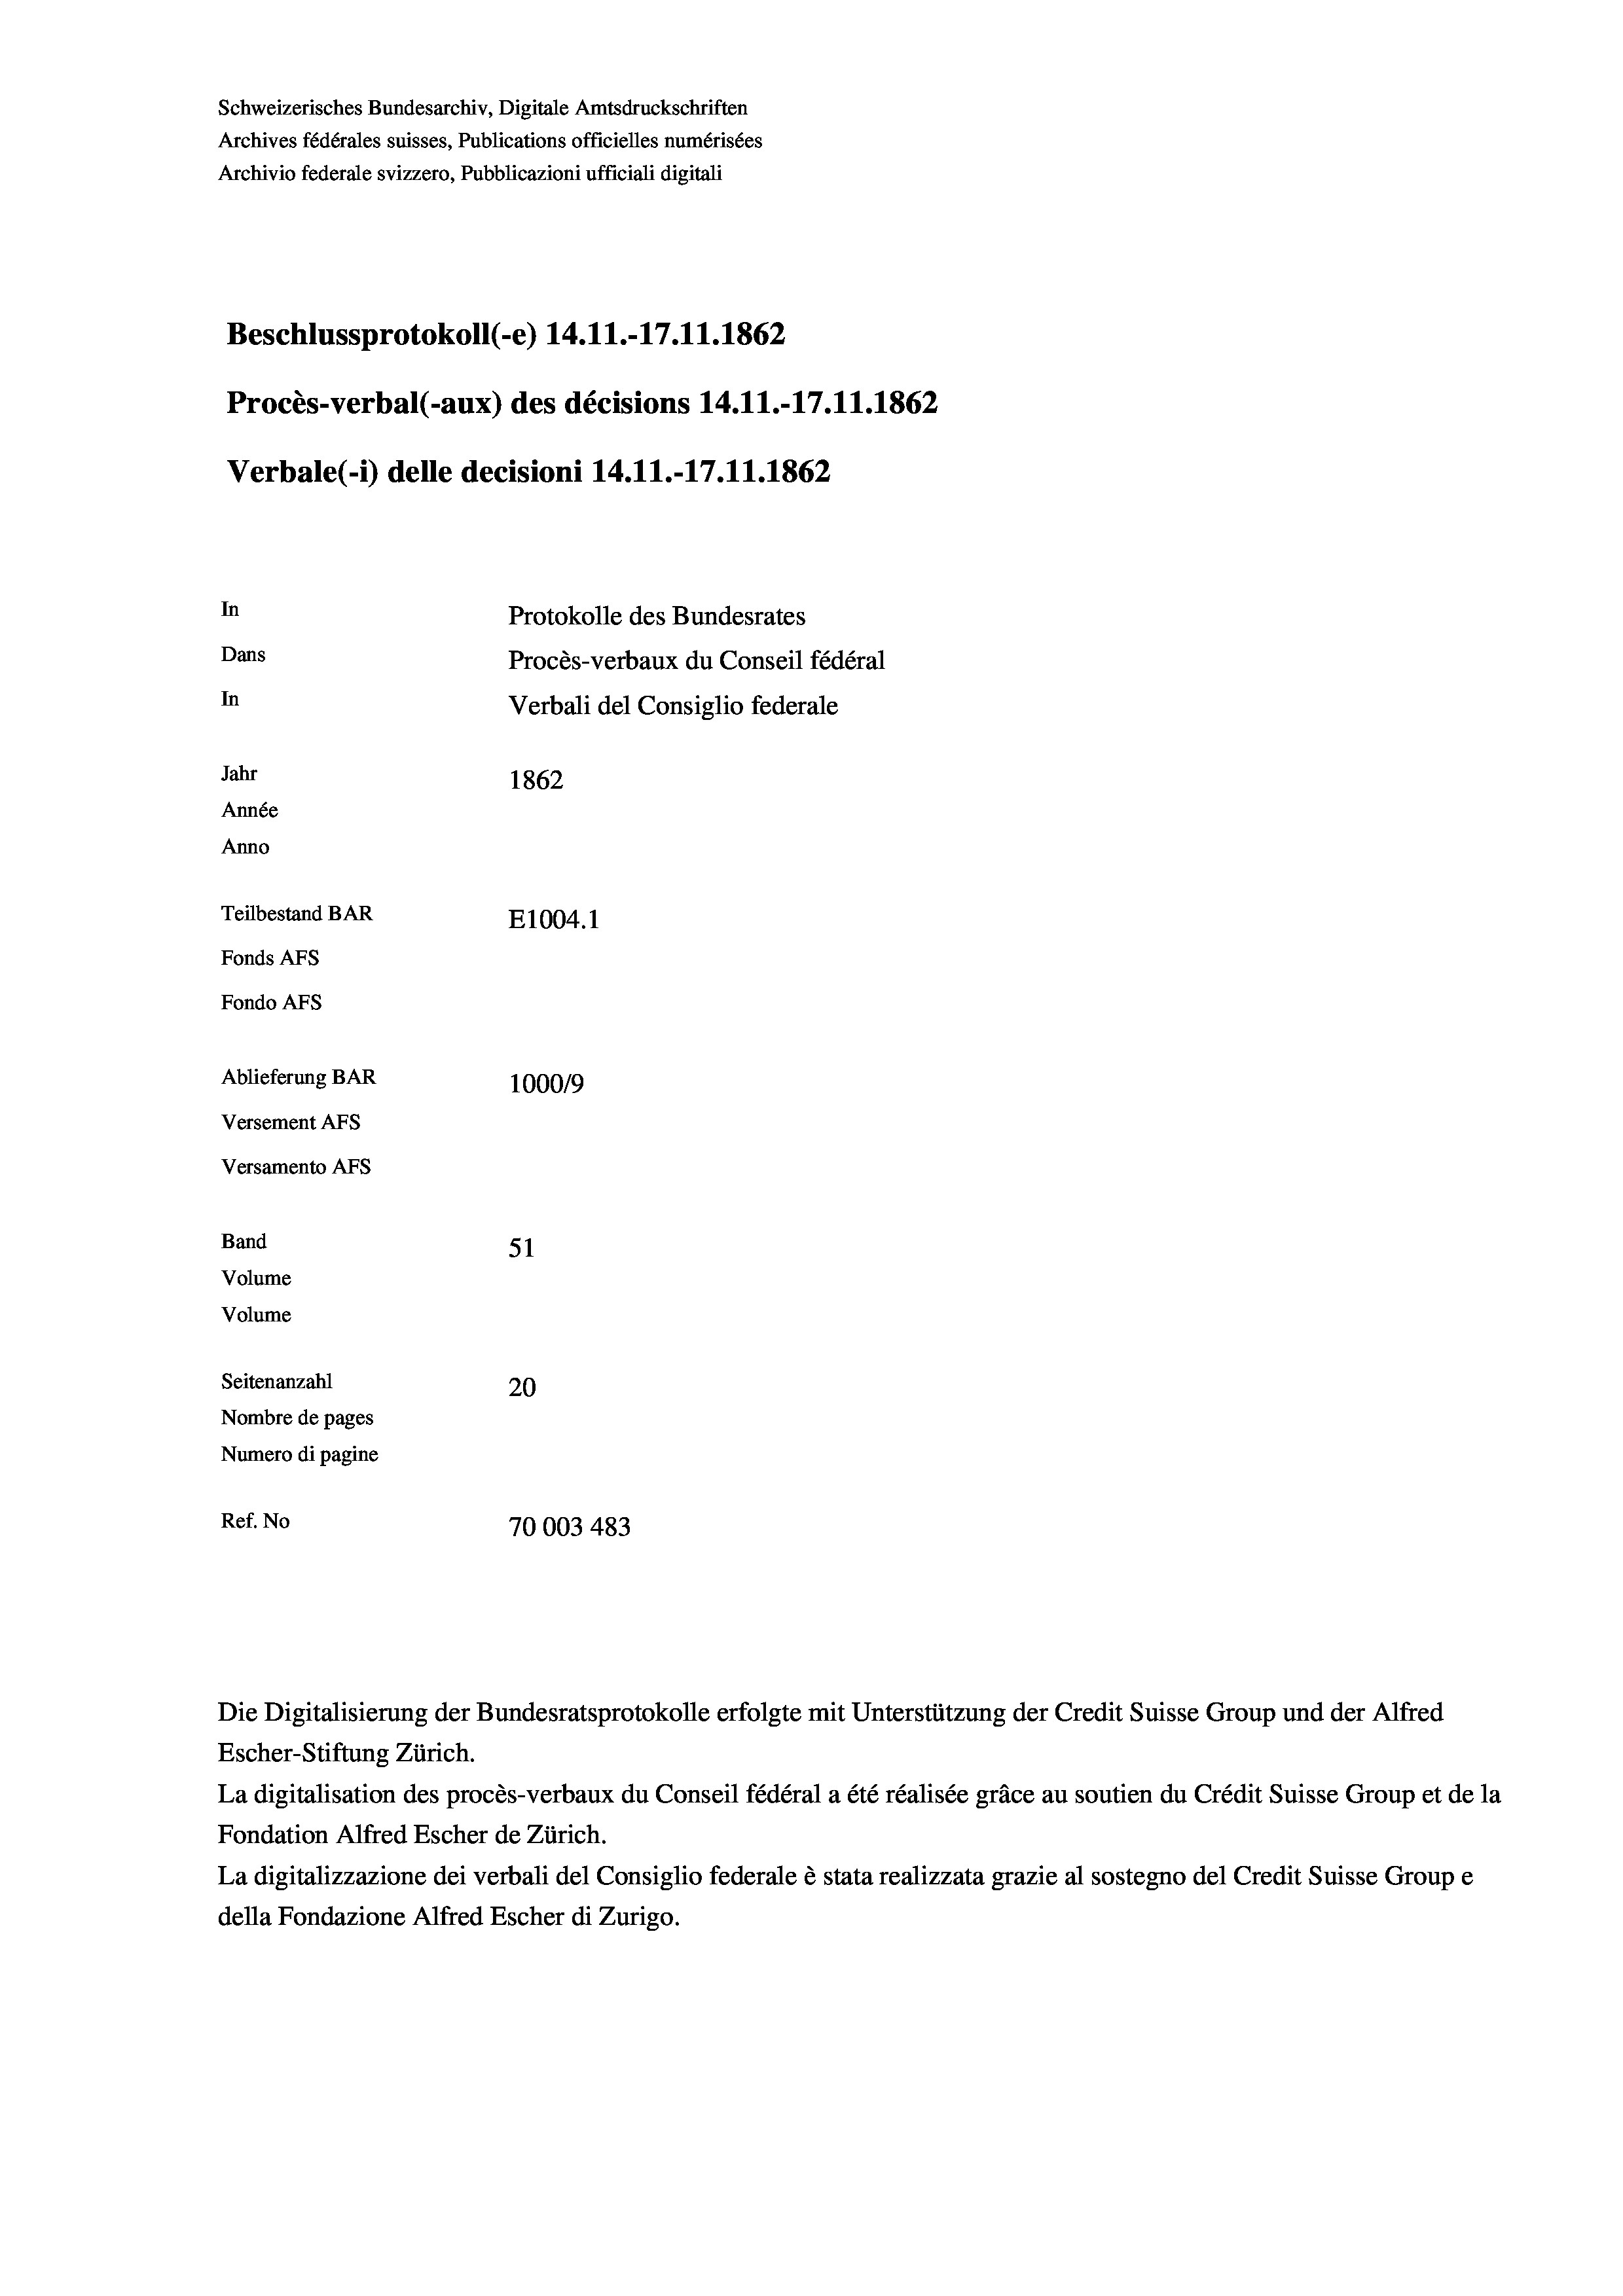
In
Protokolle des Bundesrates
Dans
Procès-verbaux du Conseil fédéral
In
Verbali del Consiglio federale
Jahr
1862
Année
Anno
Teilbestand BAR
E1004. 1
Fonds AFs
Fondo AFs

Ablieferung BAR
Versement AFs
Versamento AFs
Band
Volume
Volume
Seitenanzahl
Nombre de pages

Schweizerisches Bundesarchiv, Digitale Amtsdruckschriften
Archives fédérales suisses, Publications officielles numérisées
Archivio federale svizzero, Pubblicazioni ufficiali digitali

Procès-verbal (-aux) des décisions 14.11.-17.11.1862
Verbale (i) delle decisioni 14.11.-17.11.1862

Beschlussprotokoll (-e) 14.11.-17.11.1862

100019
51
20
Numero di pagine
Ref. No
70003 483

Escher-Stiftung Zürich.
La digitalisation des procès-verbaux du Conseil fédéral a été réalisée gräce au soutien du Crédit Suisse Group et de la
Fondation Alfred Escher de Zürich.
La digitalizzazione dei verbali del Consiglio federale è stata realizzata grazie al sostegno del Credit Suisse Groupe
della Fondazione Alfred Escher di Zurigo.

Die Digitalisierung der Bundesratsprotokolle erfolgte mit Unterstützung der Credit Suisse Group und der Alfred